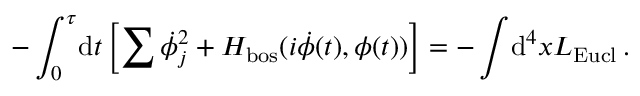
- \int _ { 0 } ^ { \tau } \! \mathrm { d } t \left[ \sum \dot { \phi } _ { j } ^ { 2 } + H _ { \mathrm { b o s } } ( i \dot { \phi } ( t ) , \phi ( t ) ) \right] = - \int \! \mathrm { d } ^ { 4 } x { \cal L } _ { \mathrm { E u c l } } \, .